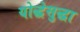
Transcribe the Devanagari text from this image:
योद्धेसुद्धा